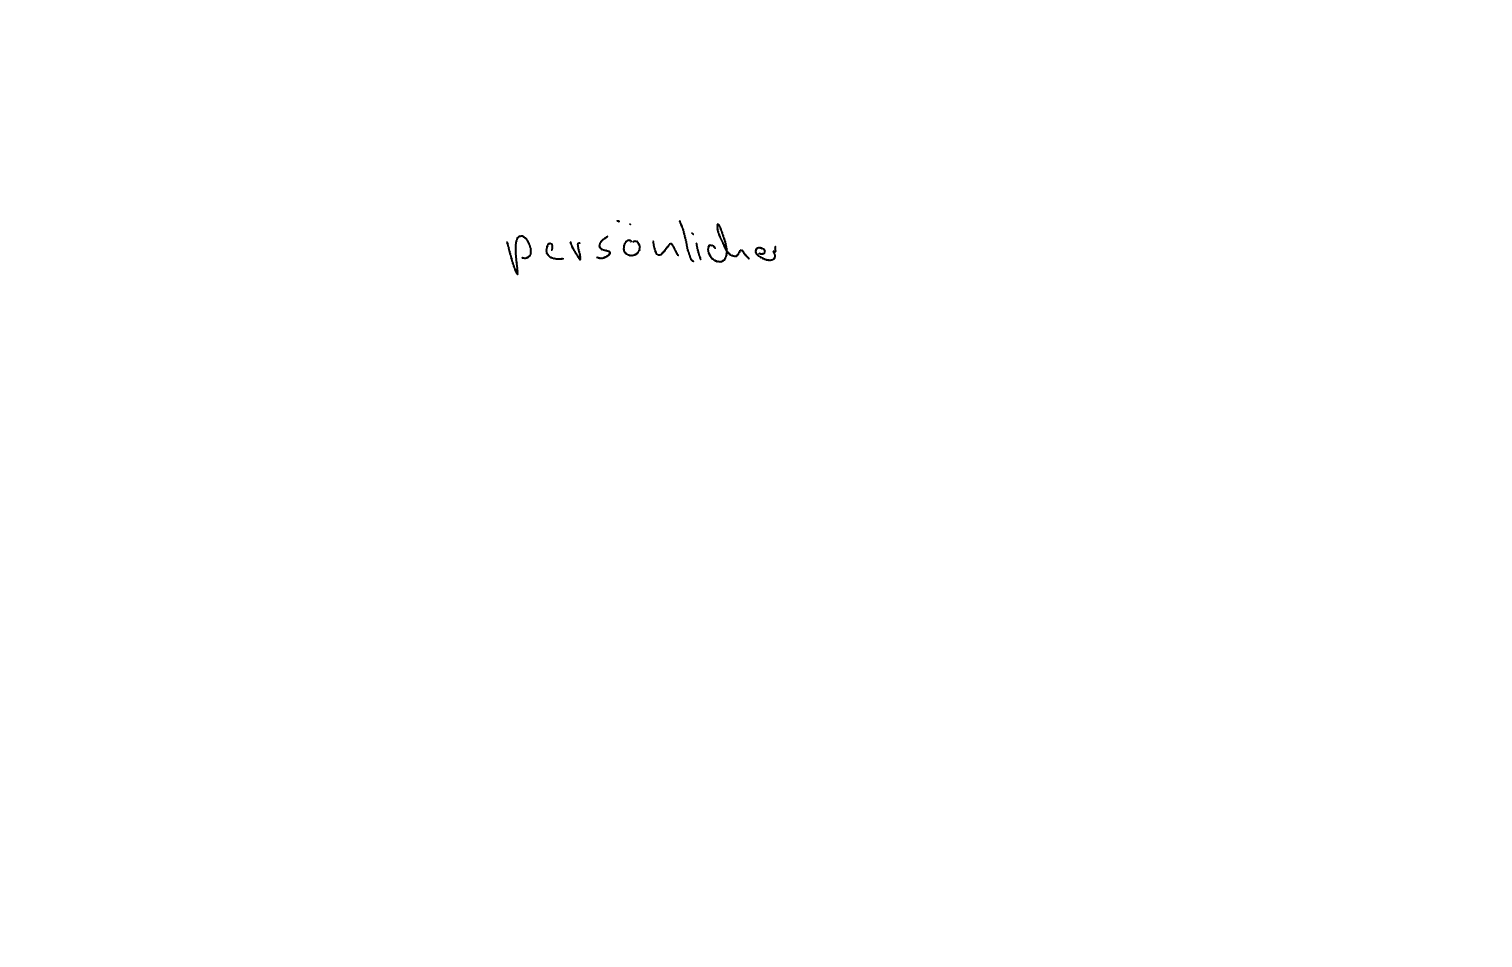
Text: persönlicher